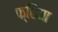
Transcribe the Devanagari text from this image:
फ्रिमा